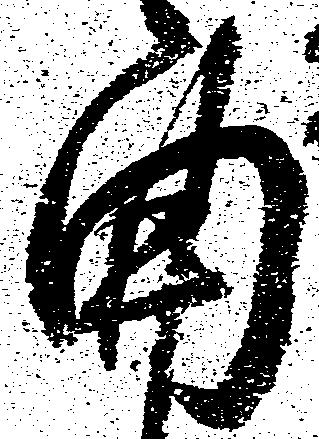
曲